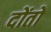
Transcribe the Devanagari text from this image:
दोंतों